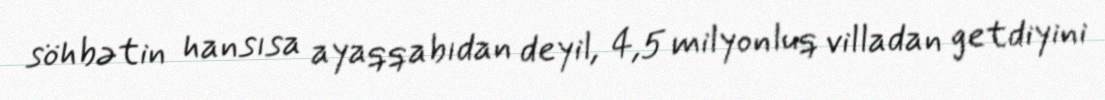
söhbətin hansısa ayaqqabıdan deyil, 4,5 milyonluq villadan getdiyini